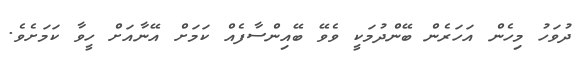
ދުވަހު މިހެން އަހަރެން ބޭންދުމަކީ ވެވޭ ބޭއިންސާފެއް ކަމަށް އޭނާއަށް ހީވާ ކަމަށެވެ.